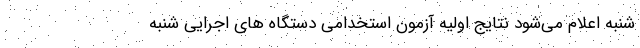
شنبه اعلام می‌شود نتایج اولیه آزمون استخدامی دستگاه‌ های اجرایی شنبه